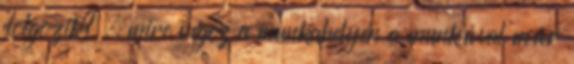
dolgozik? . mire végez a munkahelyén a munkával már